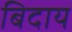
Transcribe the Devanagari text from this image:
बिदाय